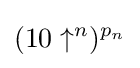
(10\uparrow ^{n})^{p_{n}}